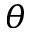
\boldsymbol { \theta }